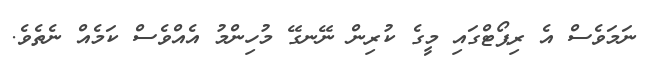
ނަމަވެސް އެ ރިޕޯޓްގައި މީގެ ކުރިން ނޭނގޭ މުހިންމު އެއްވެސް ކަމެއް ނެތެވެ.